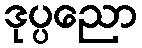
ဒုပ္ပညော